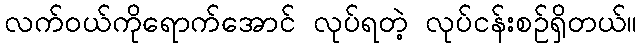
လက်ဝယ်ကိုရောက်အောင် လုပ်ရတဲ့ လုပ်ငန်းစဉ်ရှိတယ်။